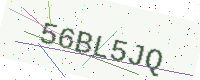
Text: 56BL5JQ